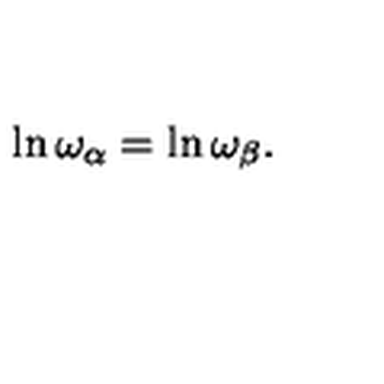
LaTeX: \ln \omega _ { \alpha } = \ln \omega _ { \beta } .